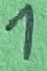
Text: 1